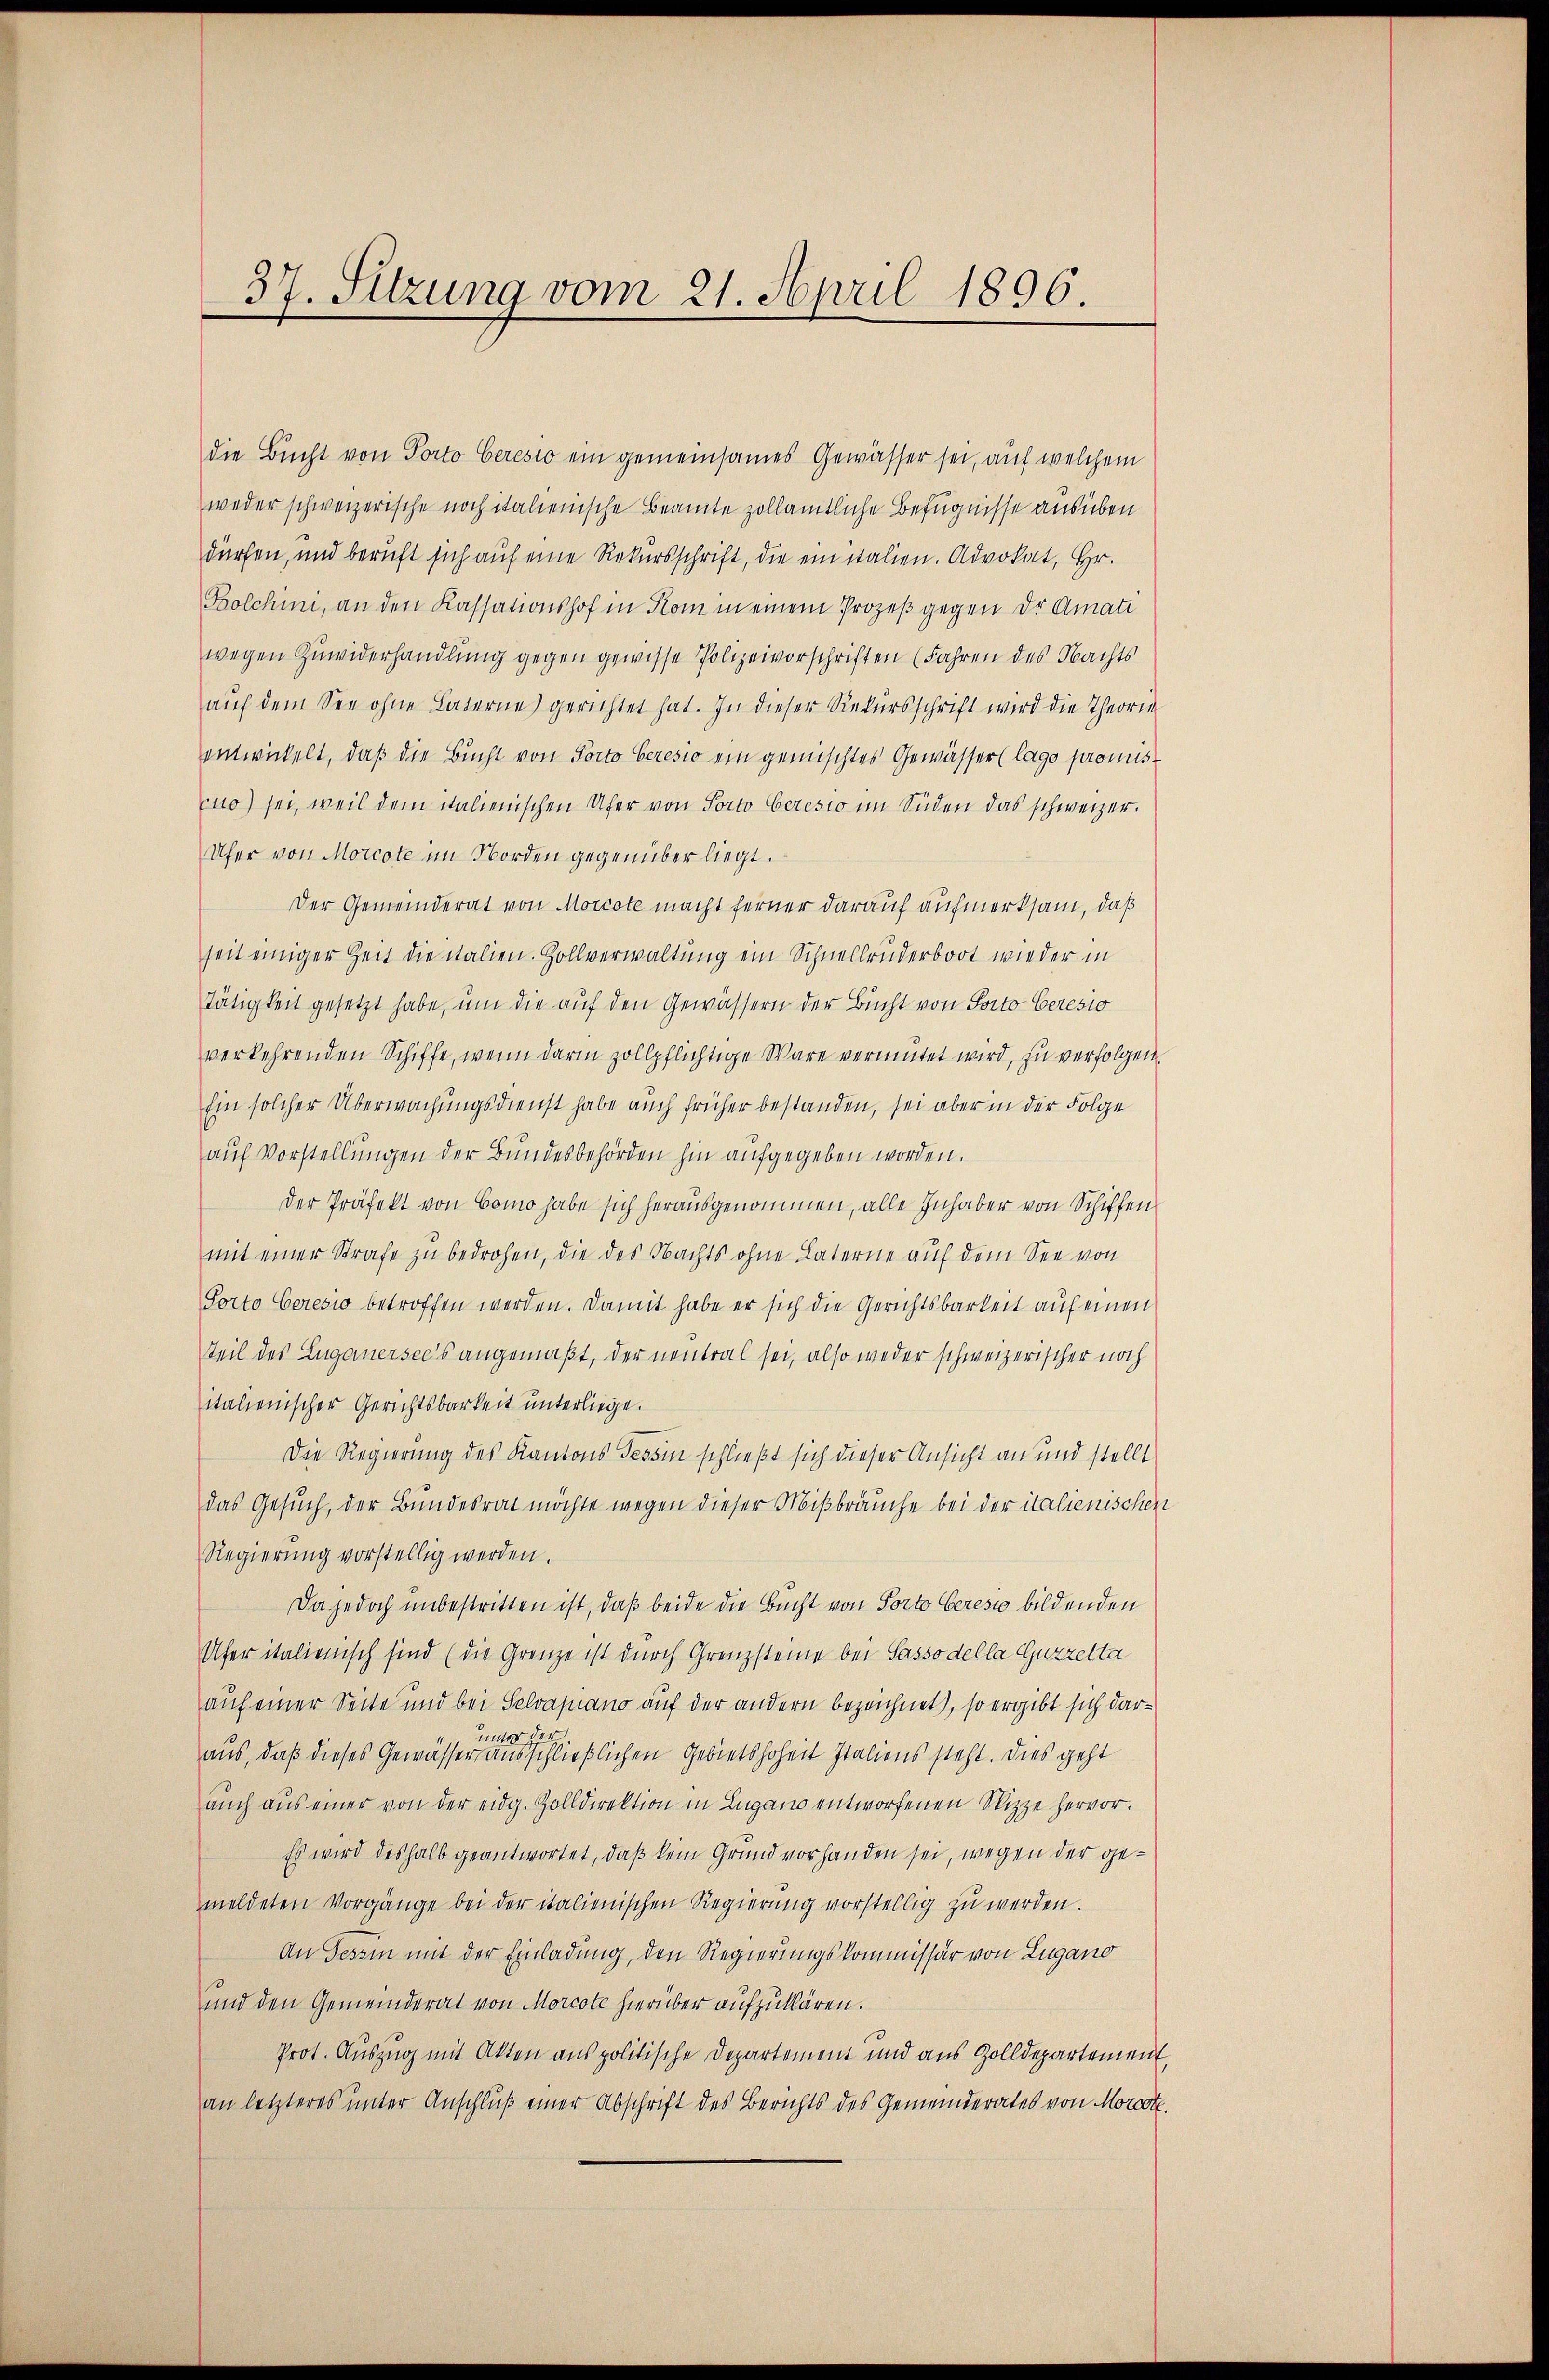
37. Sitzung vom 21. April 1896.

die Bucht von Porto Ceresio ein gemeinsames Gewässer sei, auf welchem
weder schweizerische noch italienische Beamte zollamtliche Befugnisse ausüben
dürfen, und beruft sich auf eine Rekursschrift, die einstalien. Advokat, Hr.
Bolchini, an den Kassationshof in Kom in einem Prozeß gegen der Amati
wegen Zuwiderhandlung gegen gewisse Polizeivorschriften (Fahren des Nachts
aŭf dem See ohne Laterne gerichtet hat. In dieser Rekursschrift wird die Theorie
entwickelt, daß die Bucht von Porto Geresio ein gemischtes Gewässer (lage promiscuo) sei, weil dem italienischen Ufer von Porto beresio im Süden das schweizer.
Ufer von Morcote im Norden gegenüber liegt.
Der Gemeinderat von Morcote macht ferner darauf aufmerksam, daß
seit einiger Zeit die italien. Zollverwaltung ein Schnellruderboot wieder in
Tätigkeit gesetzt habe, um die auf den Gewässern der Bucht von Porto Ceresio
verkehrenden Schiffe, wenn darin zollpflichtige Wäre vermutet wird, zu verfolgen.
Ein solcher Überwachungsdienst habe auch früher bestanden, sei aber in der Folge
auf Vorstellungen der Bundesbehörden hin aufgegeben worden.
der Präfekt von Como habe sich herausgenommen, alle Inhaber von Schiffen
mit einer Strafe zu bedrohen, die des Nachts ohne Laterne auf dem See von
Porto Ceresio betroffen werden. Damit habe er sich die Gerichtsbarkeit auf einen
Teil des Luganersee’s angemaßt, der neutral sei, also weder schweizerischer noch
italienischer Gerichtsbarkeit unterliege.
Die Regierung des Kantons Tessin schließt sich dieser Ansicht an und stellt
das Gesuch, der Bundesrat möchte wegen dieser Mißbräuche bei der italienischen
Regierung vorstellig werden.
Da jedoch unbestritten ist, daß beide die Bucht von Porto Ceresio bildenden
Ufer italienisch sind (die Grenze ist durch Grenzsteine bei Sasso della Guzzelta
auf einer Seite und bei Selvapiano auf der andern bezeichnet), so ergibt sich darunter
aus, daß dieses Gewässer ausschließlichen Gebietshoheit Italiens steht. Dies geht
auch aus einer von der eidg. Zolldirektion in Lugano entworfenen Skizze hervor.
Es wird deshalb geantwortet, daß kein Grund vorhanden sei, wegen der gemeldeten Vorgänge bei der italienischen Regierŭng vorstellig zu werden.
An Tessin mit der Einladung, den Regierungskommissär von Lugano
und den Gemeinderat von Morcote hierüber aufzuklären.
Prot. Auszug mit Akten aus politische Departement und aus Zolldepartement,
an letzteres unter Anschluß einer Abschrift des Berichts des Gemeinderates von Morcote.